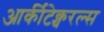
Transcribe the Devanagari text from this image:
आर्कीटेक्चरल्स